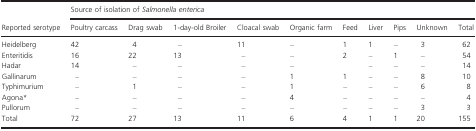
| <ROWSPAN=2> Reported serotype | <COLSPAN=10> Source of isolation of Salmonella enterica |
 | Poultry carcass | Drag swab | 1-day-old Broiler | Cloacal swab | Organic farm | Feed | Liver | Pips | Unknown | Total |
 | --- | --- | --- | --- | --- | --- | --- | --- | --- | --- | --- |
 | Heidelberg | 42 | 4 | – | 11 | – | 1 | 1 | – | 3 | 62 |
 | Enteritidis | 16 | 22 | 13 | – | – | 2 | – | 1 | – | 54 |
 | Hadar | 14 | – | – | – | – |  | – | – | – | 14 |
 | Gallinarum | – | – | – | – | 1 | 1 | – | – | 8 | 10 |
 | Typhimurium | – | 1 | – | – | 1 | – | – | – | 6 | 8 |
 | Agona* | – | – | – | – | 4 | – | – | – | – | 4 |
 | Pullorum | – | – | – | – | – | – | – | – | 3 | 3 |
 | Total | 72 | 27 | 13 | 11 | 6 | 4 | 1 | 1 | 20 | 155 |